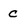
Character: c